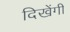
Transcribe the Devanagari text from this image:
दिखेंगी